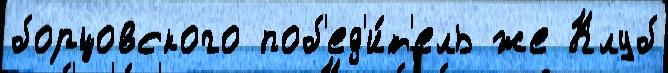
борцовского поб'ед'и́т'ель же Клуб